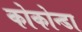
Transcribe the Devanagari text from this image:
कोकोन्डा